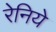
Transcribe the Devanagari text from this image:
रेनिये